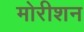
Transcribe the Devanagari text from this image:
मोरीशन